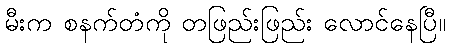
မီးက စနက်တံကို တဖြည်းဖြည်း လောင်နေပြီ။